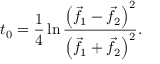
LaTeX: t _ { 0 } = { \frac { 1 } { 4 } } \ln { \frac { \left( { \vec { f } } _ { 1 } - { \vec { f } } _ { 2 } \right) ^ { 2 } } { \left( { \vec { f } } _ { 1 } + { \vec { f } } _ { 2 } \right) ^ { 2 } } } .